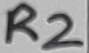
Text: R2